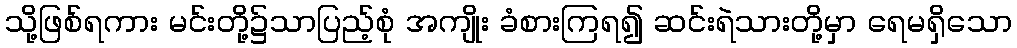
သို့ဖြစ်ရကား မင်းတို့၌သာပြည့်စုံ အကျိုး ခံစားကြရ၍ ဆင်းရဲသားတို့မှာ ရေမရှိသော